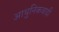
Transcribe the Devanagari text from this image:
आधुनिकवादी